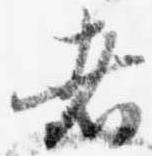
者